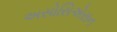
અસોસિએસન